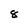
Character: 8